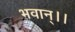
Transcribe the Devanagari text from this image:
भवान्।।